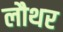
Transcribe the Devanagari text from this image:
लौथर